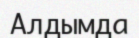
Алдымда